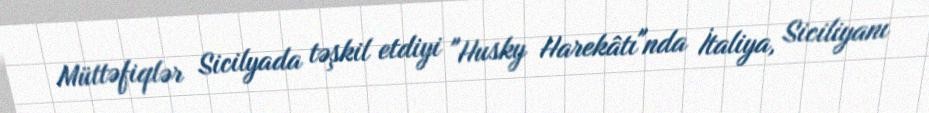
Müttəfiqlər Sicilyada təşkil etdiyi "Husky Harekâtı"nda İtaliya, Siciliyanı